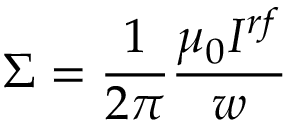
\Sigma = \frac { 1 } { 2 \pi } \frac { \mu _ { 0 } I ^ { r f } } { w }